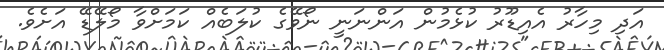
އަދި މިހާރު އެއިޑޫރު ކުޅެމުން އަންނަނީ ނޯވޭގެ ކުލަބެއް ކަމަށްވާ މޯލޭޑޭ އަށެވެ.